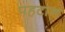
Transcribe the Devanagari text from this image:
पहटान